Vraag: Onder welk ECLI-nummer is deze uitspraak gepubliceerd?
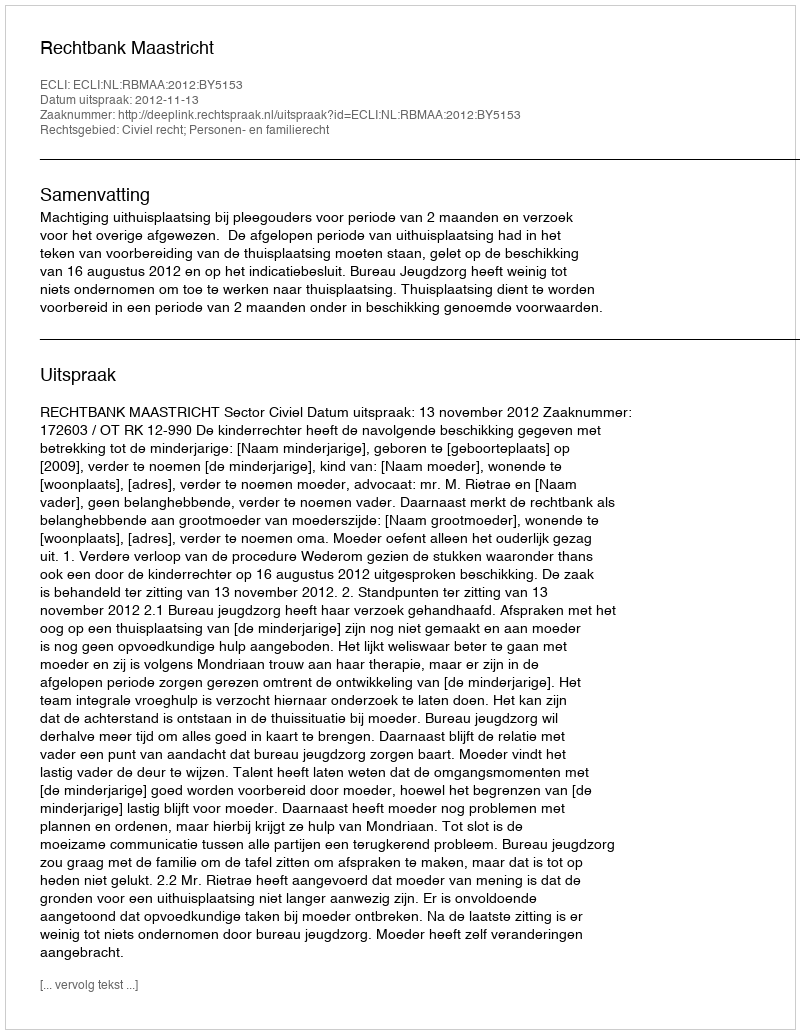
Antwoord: ECLI:NL:RBMAA:2012:BY5153